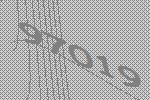
97019